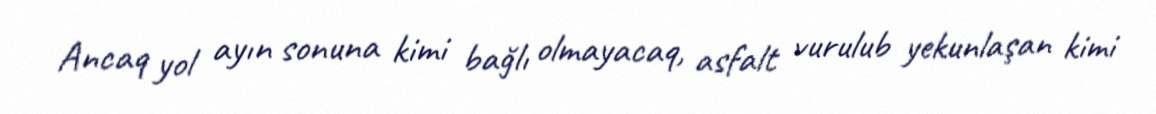
Ancaq yol ayın sonuna kimi bağlı olmayacaq, asfalt vurulub yekunlaşan kimi